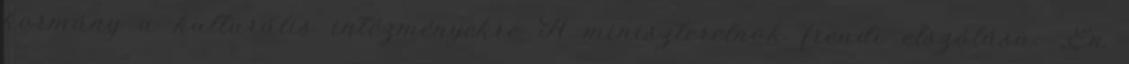
kormány a kulturális intézményekre A miniszterelnök freudi elszólása: „Én